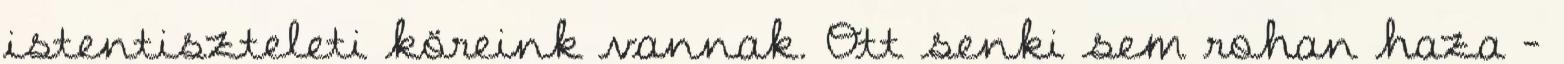
istentiszteleti köreink vannak. Ott senki sem rohan haza –